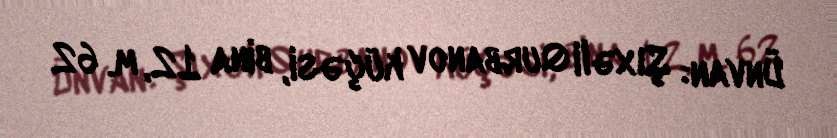
Ünvan: Şıxəli Qurbanov küçəsi, bina 12, m. 62